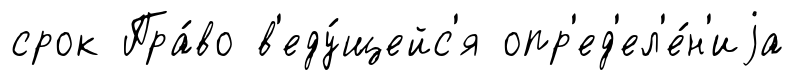
срок Пра́во в'еду́щейс'я опр'ед'ел'е́н'иjа